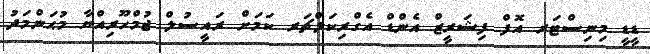
ޑީޑީ މިނިސްޓަރ އޮފް ފިޝަރީޒް އެންޑް އެގްރިކަލްޗަރ ކަމަށް ރައީސުލް ޖުމްހޫރިއްޔާ މުޙަންމަދު